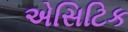
એસિટિક